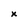
Character: x